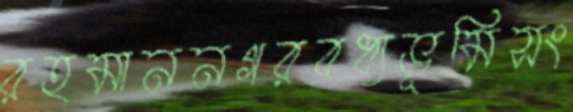
রহমাননগরবধ্যভূমিসং